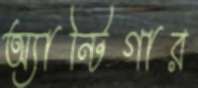
অ্যান্টিগার